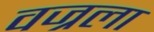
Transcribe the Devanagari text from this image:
वज्रला